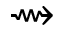
\rightsquigarrow